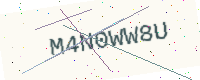
Text: M4N0WW8U